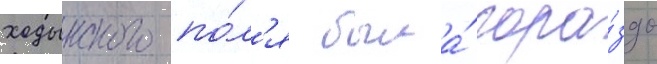
ходынского по́л'я была́ гора́здо